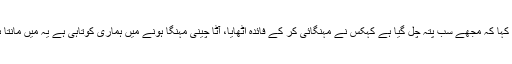
لاہور میں صحت انصاف کارڈ تقسیم کی تقریب میں خطاب کرتے ہوئے یہ بھی کہا کہ مجھے سب پتہ چل گیا ہے کہکس نے مہنگائی کر کے فائدہ اٹھایا، آٹا چینی مہنگا ہونے میں ہماری کوتاہی ہے یہ میں مانتا ہوں، انکوائری ہور ہی ہے مہنگائی سے پیسا بنانے والوں کو نہیں چھوڑیں گے۔